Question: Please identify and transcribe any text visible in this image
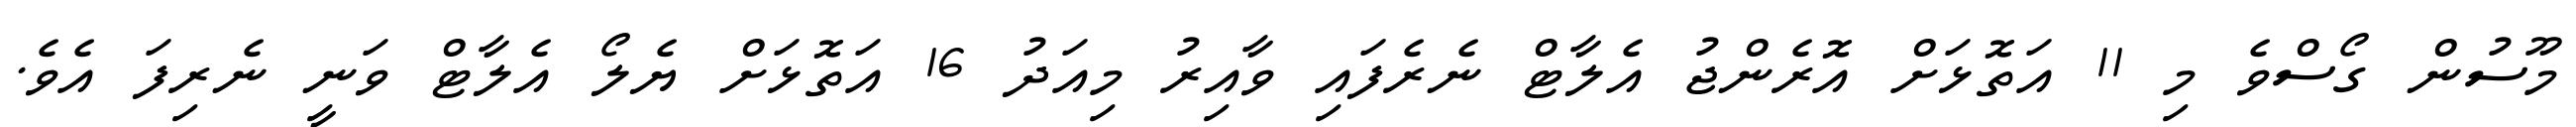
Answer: މޫސުން ގޯސްވެ މި 11 އަތޮޅަށް އޮރެންޖު އެލާޓް ނެރެފައި ވާއިރު މިއަދު 16 އަތޮޅަށް ޔެލޯ އެލާޓް ވަނީ ނެރިފަ އެވެ.